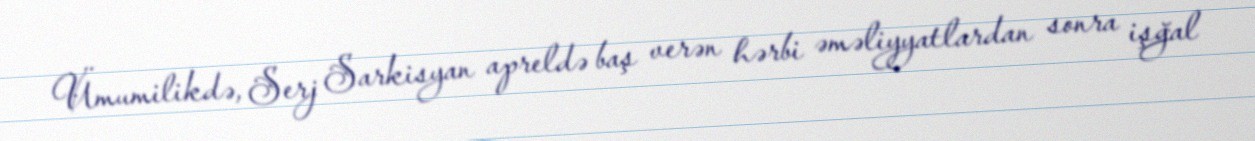
Ümumilikdə, Serj Sarkisyan apreldə baş verən hərbi əməliyyatlardan sonra işğal